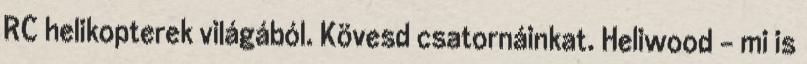
RC helikopterek világából. Kövesd csatornáinkat. Heliwood - mi is